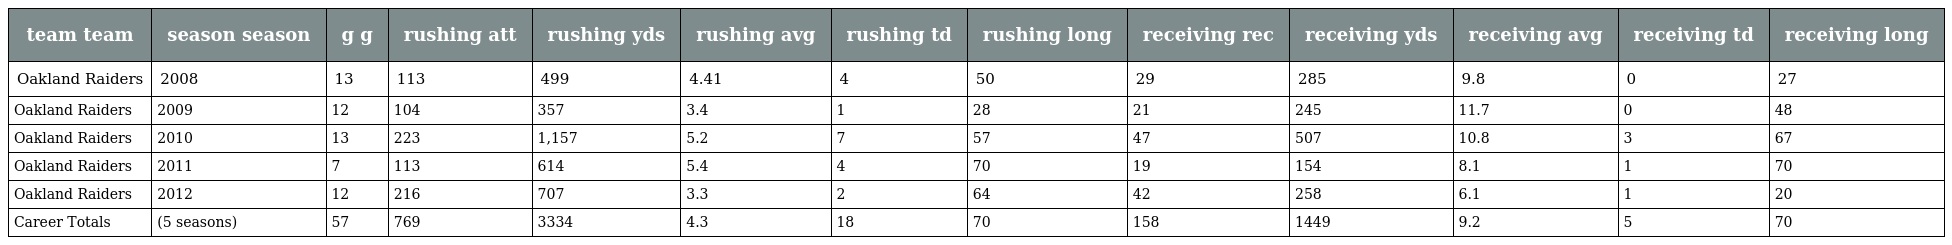
| team team | season season | g g | rushing att | rushing yds | rushing avg | rushing td | rushing long | receiving rec | receiving yds | receiving avg | receiving td | receiving long |
 | --- | --- | --- | --- | --- | --- | --- | --- | --- | --- | --- | --- | --- |
 | Oakland Raiders | 2008 | 13 | 113 | 499 | 4.41 | 4 | 50 | 29 | 285 | 9.8 | 0 | 27 |
 | Oakland Raiders | 2009 | 12 | 104 | 357 | 3.4 | 1 | 28 | 21 | 245 | 11.7 | 0 | 48 |
 | Oakland Raiders | 2010 | 13 | 223 | 1,157 | 5.2 | 7 | 57 | 47 | 507 | 10.8 | 3 | 67 |
 | Oakland Raiders | 2011 | 7 | 113 | 614 | 5.4 | 4 | 70 | 19 | 154 | 8.1 | 1 | 70 |
 | Oakland Raiders | 2012 | 12 | 216 | 707 | 3.3 | 2 | 64 | 42 | 258 | 6.1 | 1 | 20 |
 | Career Totals | (5 seasons) | 57 | 769 | 3334 | 4.3 | 18 | 70 | 158 | 1449 | 9.2 | 5 | 70 |